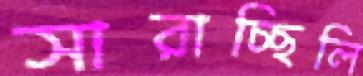
সারাচ্ছিলি